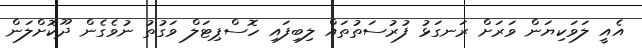
އެއީ ލަވަކިޔަން ވަރަށް ރަނގަޅު ފުރުސަތުތައް ލިބިފައި ހޮސްޕިޓަލް ވަގުތު ނުވެގެން ދޫކޮށްލަން